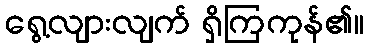
ရွေ့လျားလျက် ရှိကြကုန်၏။